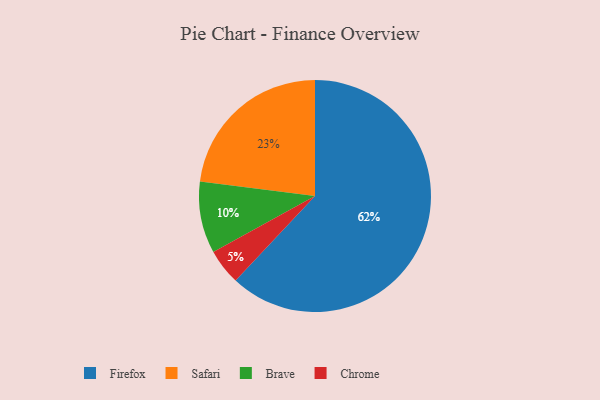
{"axis": {"x": "Category", "y": "Percentage"}, "legend": ["Brave", "Chrome", "Firefox", "Safari"], "data": [{"x": "Brave", "y": 10, "type": "Brave"}, {"x": "Chrome", "y": 5, "type": "Chrome"}, {"x": "Firefox", "y": 62, "type": "Firefox"}, {"x": "Safari", "y": 23, "type": "Safari"}]}